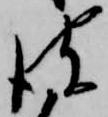
彼